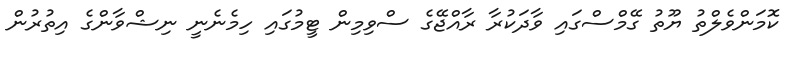
ކޮމަންވެލްތު ޔޫތު ގޭމްސްގައި ވާދަކުރާ ރާއްޖޭގެ ސްވިމިން ޓީމުގައި ހިމެނެނީ ނިޝްވާންގެ އިތުރުން